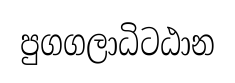
පුගගලාධිටඨාන